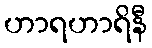
ဟာရဟာရိနီ